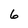
Character: 6